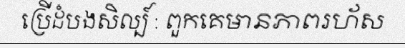
ប្រើដំបងសិល្ប៍ : ពួកគេមានភាពរហ័ស